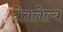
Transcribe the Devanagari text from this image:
घेतलेल्य